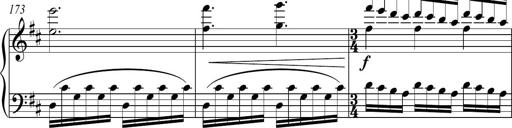
Title: Piano Sonatina in A major
Composer: Z Q Sysmoebius
Key: A major